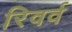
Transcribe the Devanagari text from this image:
रिवर्व